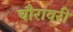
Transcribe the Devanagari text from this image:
चौरावरी